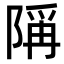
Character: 𫕋